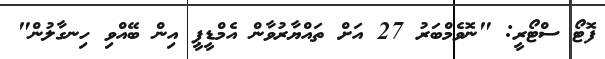
ފޮޓޯ ސްޓޯރީ: "ނޮވެމްބަރު 27 އަށް ތައްޔާރުވާން އެމްޑީޕީ އިން ބޭއްވި ހިނގާލުން"